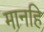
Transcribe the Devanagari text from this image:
मानहि